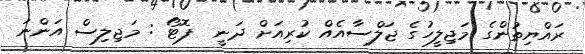
ރައްޔިތުންގެ މަޖިލީހުގެ ޖަލްސާއެއް ކުރިއަށް ދަނީ  ފޮޓޯ : މަޖިލިސް އަންނަ